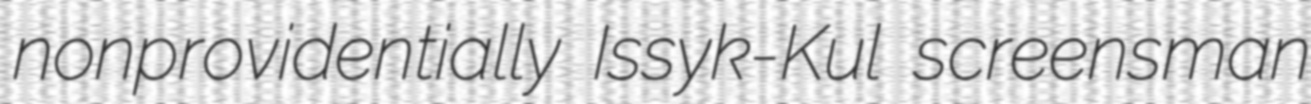
nonprovidentially Issyk-Kul screensman